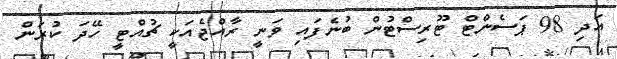
އަދި 98 ޕަސެންޓް ޓޫރިސްޓުން ބުނެފައި ވަނީ ރާއްޖެއަކީ ޗުއްޓީ ހޭދަ ކުރަން